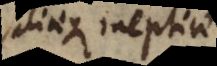
aliaeque ineptiae